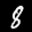
Label: 8